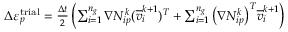
\begin{array} { r } { \Delta \varepsilon _ { p } ^ { \mathrm { t r i a l } } = \frac { \Delta t } { 2 } \left( \sum _ { i = 1 } ^ { n _ { g } } \nabla N _ { i p } ^ { k } ( \overline { { v } } _ { i } ^ { k + 1 } ) ^ { T } + \sum _ { i = 1 } ^ { n _ { g } } \big ( \nabla N _ { i p } ^ { k } \big ) ^ { T } \overline { { v } } _ { i } ^ { k + 1 } \right) } \end{array}